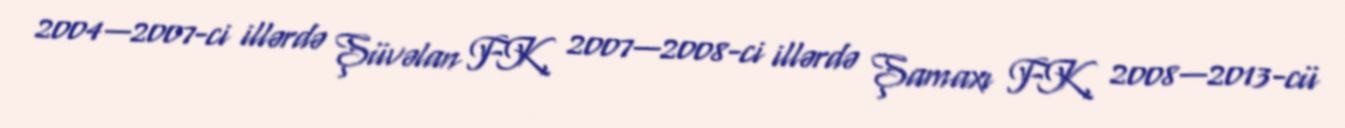
2004—2007-ci illərdə Şüvəlan FK, 2007—2008-ci illərdə Şamaxı FK, 2008—2013-cü